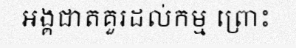
អង្គជាតគួរដល់កម្ម ព្រោះ